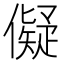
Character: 儗